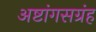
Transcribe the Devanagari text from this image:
अष्टांगसग्रंह